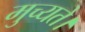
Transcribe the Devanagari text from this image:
मुच्यते।